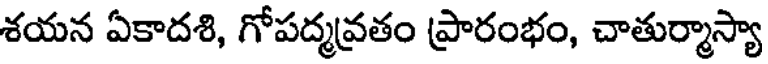
శయన ఏకాదశి, గోపద్మవ్రతం ప్రారంభం, చాతుర్మాస్యా